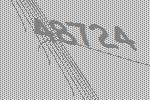
48724